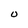
Character: O